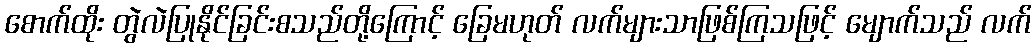
စောက်ထိုး တွဲလဲပြုနိုင်ခြင်းစသည်တို့ကြောင့် ခြေမဟုတ် လက်များသာဖြစ်ကြသဖြင့် မျောက်သည် လက်